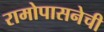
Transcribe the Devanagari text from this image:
रामोपासनेची